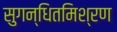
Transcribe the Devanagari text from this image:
सुगन्धितमिश्रण